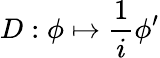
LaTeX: D:\phi\mapsto{\frac{1}{i}}\phi^{\prime}